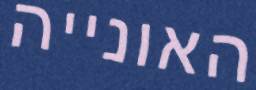
האונייה